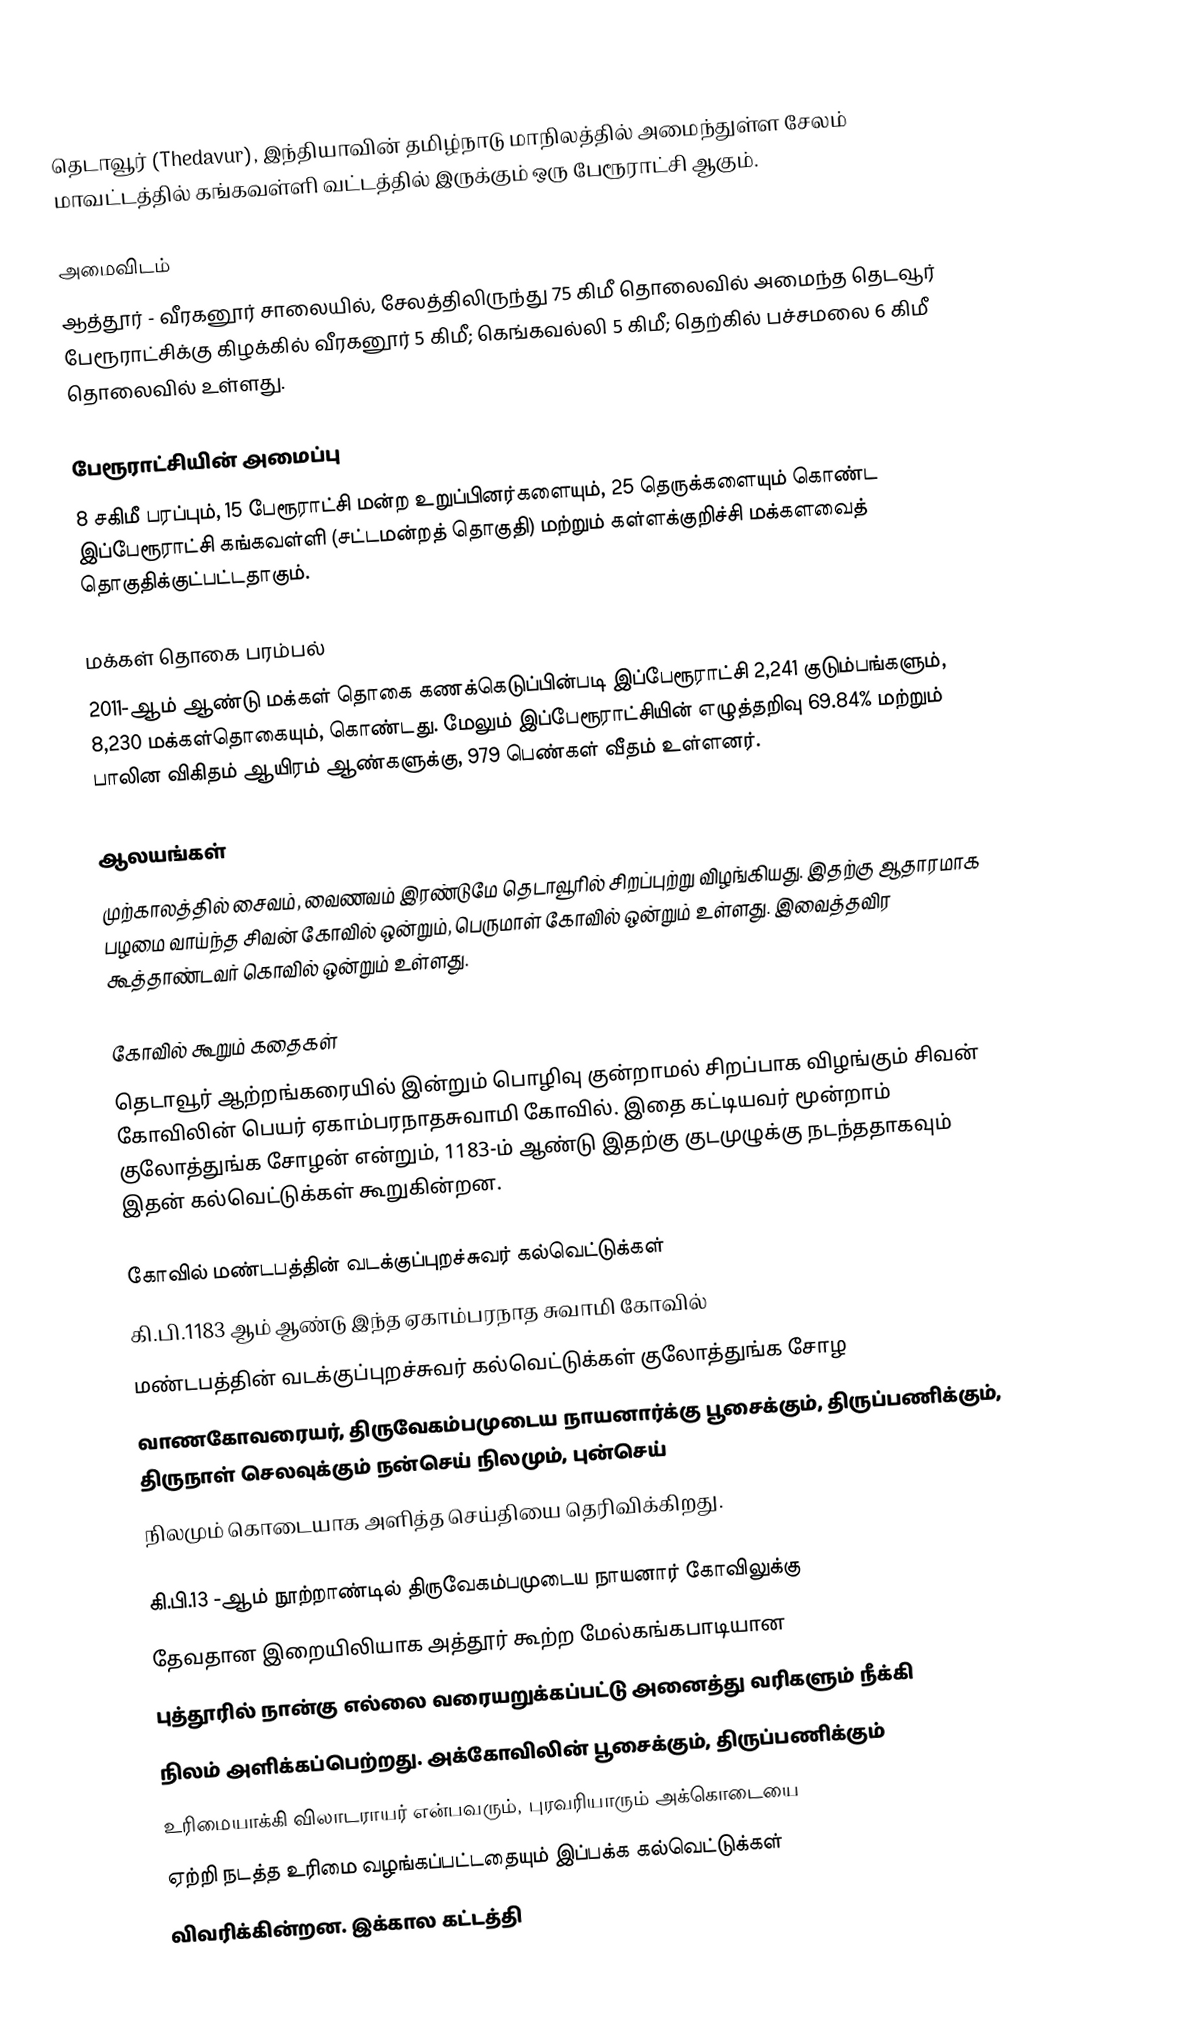
தெடாவூர் (Thedavur), இந்தியாவின் தமிழ்நாடு மாநிலத்தில் அமைந்துள்ள சேலம் மாவட்டத்தில் கங்கவள்ளி வட்டத்தில் இருக்கும் ஒரு பேரூராட்சி ஆகும்.

அமைவிடம்
ஆத்தூர் - வீரகனூர் சாலையில், சேலத்திலிருந்து 75 கிமீ தொலைவில் அமைந்த தெடவூர் பேரூராட்சிக்கு கிழக்கில் வீரகனூர் 5 கிமீ; கெங்கவல்லி 5 கிமீ; தெற்கில் பச்சமலை 6 கிமீ தொலைவில் உள்ளது.

பேரூராட்சியின் அமைப்பு
8 சகிமீ பரப்பும், 15  பேரூராட்சி மன்ற உறுப்பினர்களையும், 25  தெருக்களையும்  கொண்ட இப்பேரூராட்சி கங்கவள்ளி (சட்டமன்றத் தொகுதி) மற்றும் கள்ளக்குறிச்சி மக்களவைத் தொகுதிக்குட்பட்டதாகும்.

மக்கள் தொகை பரம்பல்
2011-ஆம் ஆண்டு மக்கள் தொகை கணக்கெடுப்பின்படி  இப்பேரூராட்சி  2,241  குடும்பங்களும், 8,230 மக்கள்தொகையும், கொண்டது. மேலும் இப்பேரூராட்சியின் எழுத்தறிவு  69.84%    மற்றும்  பாலின விகிதம்  ஆயிரம் ஆண்களுக்கு, 979 பெண்கள் வீதம் உள்ளனர்.

ஆலயங்கள்
முற்காலத்தில் சைவம், வைணவம் இரண்டுமே தெடாவூரில் சிறப்புற்று விழங்கியது. இதற்கு ஆதாரமாக பழமை வாய்ந்த சிவன் கோவில் ஒன்றும், பெருமாள் கோவில் ஒன்றும் உள்ளது. இவைத்தவிர கூத்தாண்டவர் கொவில் ஒன்றும் உள்ளது.

கோவில் கூறும் கதைகள்
தெடாவூர் ஆற்றங்கரையில் இன்றும் பொழிவு குன்றாமல் சிறப்பாக விழங்கும் சிவன் கோவிலின் பெயர் ஏகாம்பரநாதசுவாமி கோவில். இதை கட்டியவர் மூன்றாம் குலோத்துங்க சோழன் என்றும், 1183-ம் ஆண்டு இதற்கு குடமுழுக்கு நடந்ததாகவும் இதன் கல்வெட்டுக்கள் கூறுகின்றன.

கோவில் மண்டபத்தின் வடக்குப்புறச்சுவர் கல்வெட்டுக்கள்
கி.பி.1183 ஆம் ஆண்டு இந்த ஏகாம்பரநாத சுவாமி கோவில்
மண்டபத்தின் வடக்குப்புறச்சுவர் கல்வெட்டுக்கள் குலோத்துங்க சோழ
வாணகோவரையர், திருவேகம்பமுடைய நாயனார்க்கு பூசைக்கும், திருப்பணிக்கும், திருநாள் செலவுக்கும் நன்செய் நிலமும், புன்செய்
நிலமும் கொடையாக அளித்த செய்தியை தெரிவிக்கிறது.

கி.பி.13 -ஆம் நூற்றாண்டில் திருவேகம்பமுடைய நாயனார் கோவிலுக்கு
தேவதான இறையிலியாக அத்தூர் கூற்ற மேல்கங்கபாடியான
புத்தூரில் நான்கு எல்லை வரையறுக்கப்பட்டு அனைத்து வரிகளும் நீக்கி
நிலம் அளிக்கப்பெற்றது. அக்கோவிலின் பூசைக்கும், திருப்பணிக்கும்
உரிமையாக்கி விலாடராயர் என்பவரும், புரவரியாரும் அக்கொடையை
ஏற்றி நடத்த உரிமை வழங்கப்பட்டதையும் இப்பக்க கல்வெட்டுக்கள்
விவரிக்கின்றன. இக்கால கட்டத்தி